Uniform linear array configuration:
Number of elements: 16
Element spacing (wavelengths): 0.25
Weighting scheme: binomial
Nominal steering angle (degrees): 0
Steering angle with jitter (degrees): -1.235
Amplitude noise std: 0.05
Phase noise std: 0.05

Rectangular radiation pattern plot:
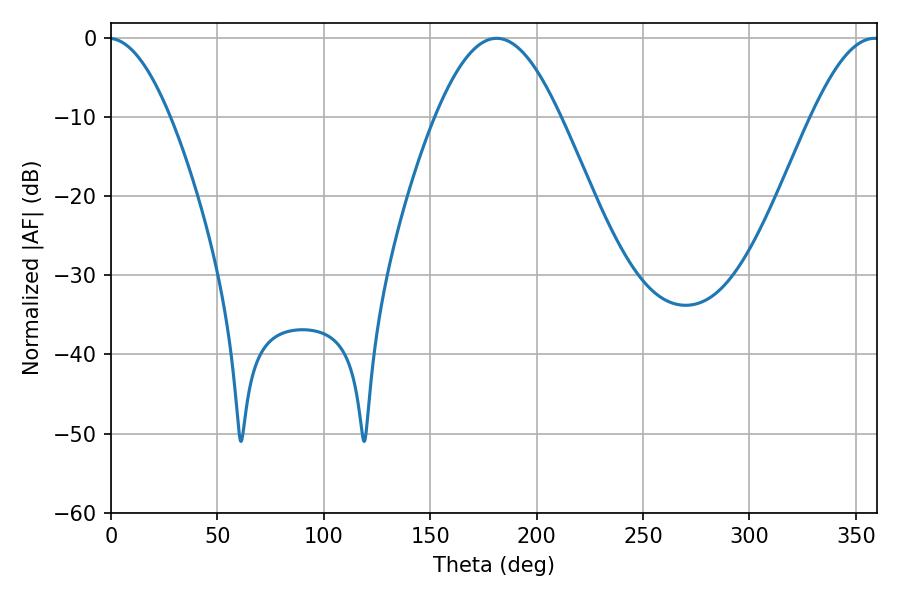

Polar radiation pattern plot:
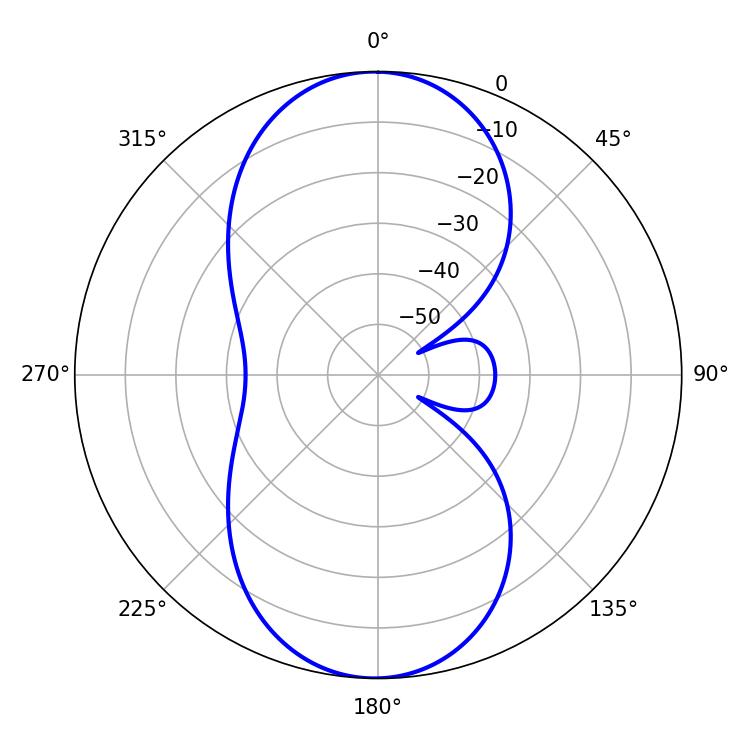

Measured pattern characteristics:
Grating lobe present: FALSE
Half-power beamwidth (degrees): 31.86
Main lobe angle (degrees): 181.26